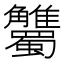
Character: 𧥘